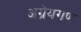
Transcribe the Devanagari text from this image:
अग्रेयगण